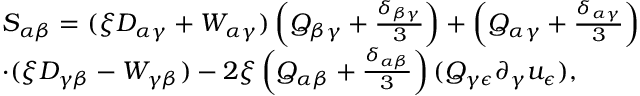
\begin{array} { r l } & { S _ { \alpha \beta } = ( \xi D _ { \alpha \gamma } + W _ { \alpha \gamma } ) \left( Q _ { \beta \gamma } + \frac { \delta _ { \beta \gamma } } { 3 } \right) + \left( Q _ { \alpha \gamma } + \frac { \delta _ { \alpha \gamma } } { 3 } \right) } \\ & { \cdot ( \xi D _ { \gamma \beta } - W _ { \gamma \beta } ) - 2 \xi \left( Q _ { \alpha \beta } + \frac { \delta _ { \alpha \beta } } { 3 } \right) ( Q _ { \gamma \epsilon } \partial _ { \gamma } u _ { \epsilon } ) , } \end{array}